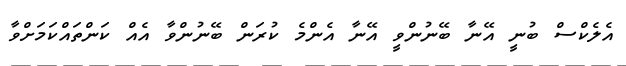
އެލެކްސް ބުނީ އޭނާ ބޭނުންވީ އޭނާ އެންމެ ކުރަން ބޭނުންވާ އެއް ކަންތައްކަމަށްވާ